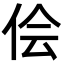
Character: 侩